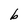
Character: b